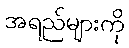
အရည်များကို